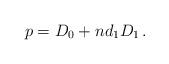
LaTeX: \begin{align*} p = D_0 + n d_1 D_1\,.\end{align*}